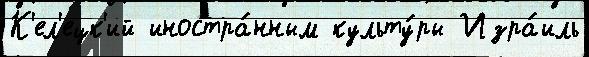
К'ел'ецк'ий иностра́нным культу́ры Изра́иль